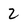
Character: 2